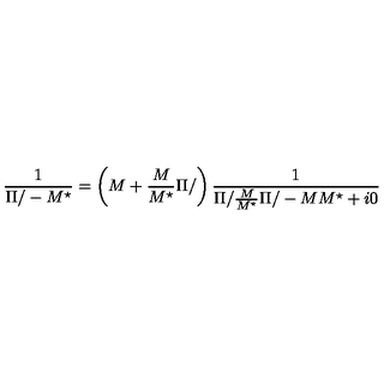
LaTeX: \frac { 1 } { { \Pi / } - M ^ { \star } } = \left( M + \frac { M } { M ^ { \star } } { \Pi / } \right) \frac { 1 } { { \Pi / } \frac { M } { M ^ { \star } } { \Pi / } - M M ^ { \star } + i 0 }